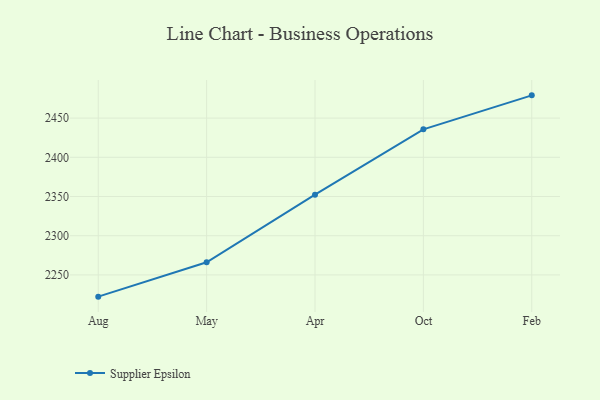
{"axis": {"x": "Month", "y": "LTV (USD)"}, "legend": ["Supplier Epsilon"], "data": [{"x": "Aug", "y": 2222.3, "type": "Supplier Epsilon"}, {"x": "May", "y": 2266.1, "type": "Supplier Epsilon"}, {"x": "Apr", "y": 2352.3, "type": "Supplier Epsilon"}, {"x": "Oct", "y": 2435.7, "type": "Supplier Epsilon"}, {"x": "Feb", "y": 2479.0, "type": "Supplier Epsilon"}]}